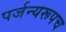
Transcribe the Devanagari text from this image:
पर्जन्यरूपच